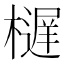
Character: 𱤥